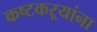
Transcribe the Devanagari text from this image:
कष्टकऱ्यांना